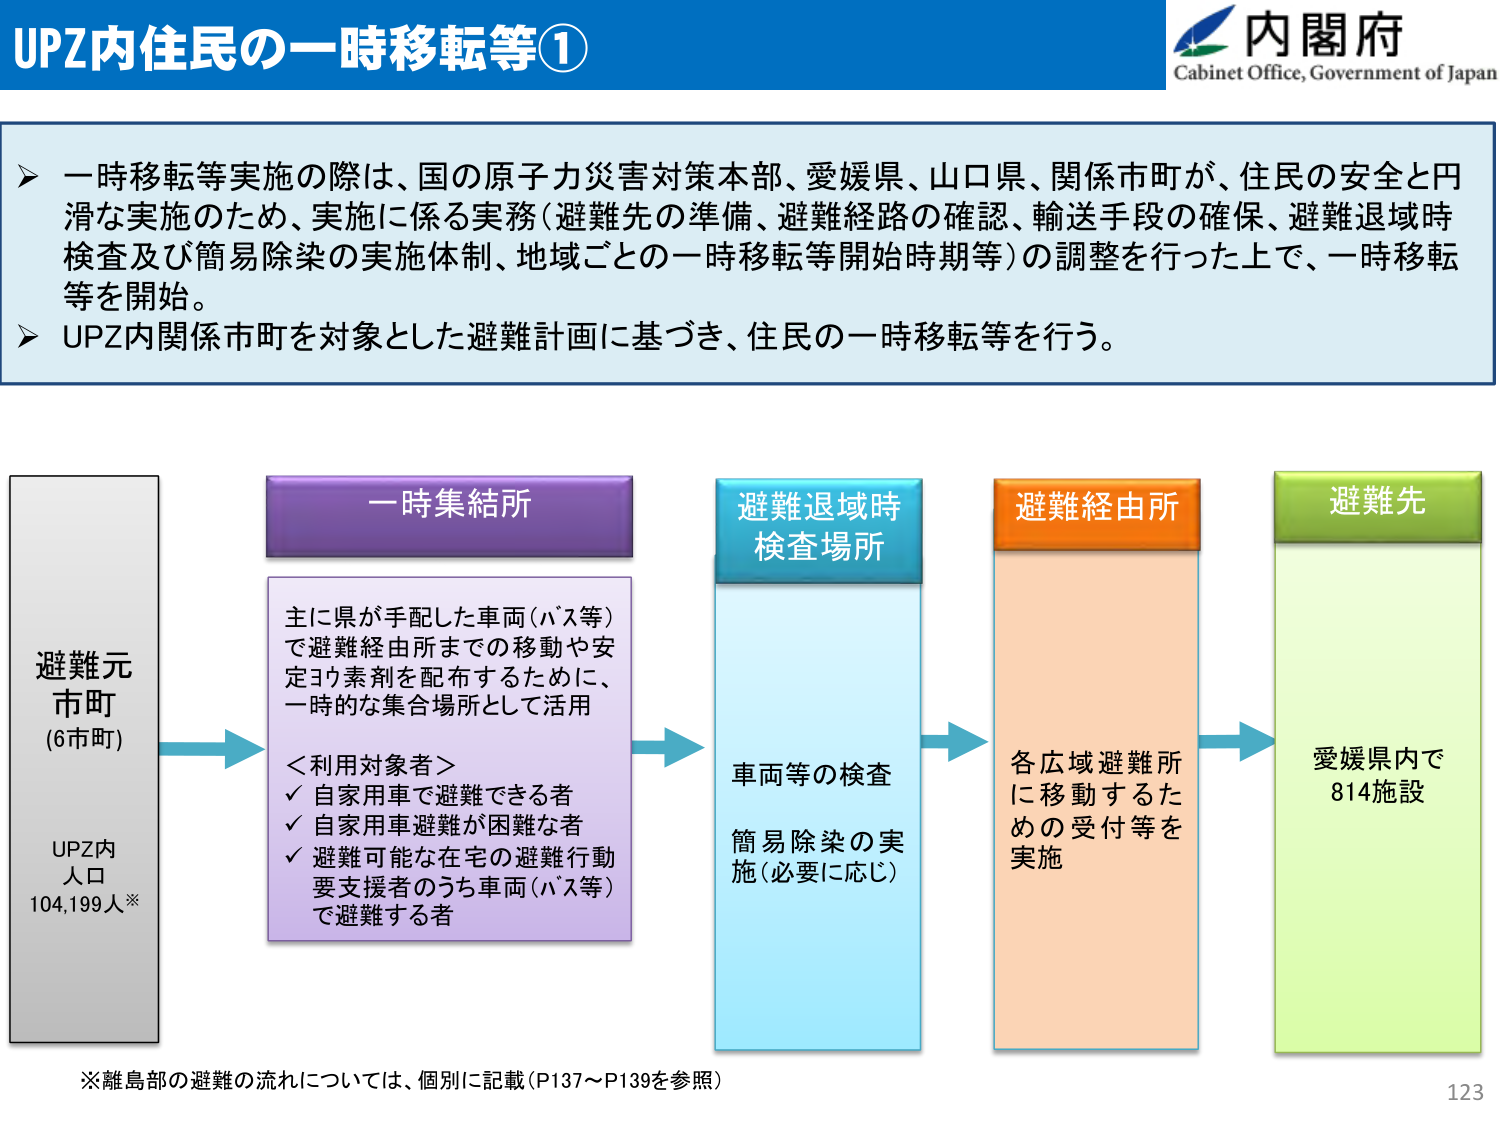
UPZ内住民の一時移転等①

内閣府
Cabinet Office, Government of Japan

一時移転等実施の際は、国の原子力災害対策本部、愛媛県、山口県、関係市町が、住民の安全と円滑な実施のため、実施に係る実務（避難先の準備、避難経路の確認、輸送手段の確保、避難退域時検査及び簡易除染の実施体制、地域ごとの一時移転等開始時期等）の調整を行った上で、一時移転等を開始。
UPZ内関係市町を対象とした避難計画に基づき、住民の一時移転等を行う。

避難元市町
(6市町)
UPZ内人口
104,199人※

一時集結所
主に県が手配した車両（バス等）で避難経由所までの移動や安定ヨウ素剤を配布するために、一時的な集合場所として活用
＜利用対象者＞
✓ 自家用車で避難できる者
✓ 自家用車避難が困難な者
✓ 避難可能な在宅の避難行動要支援者のうち車両（バス等）で避難する者

避難退域時検査場所
車両等の検査
簡易除染の実施（必要に応じ）

避難経由所
各広域避難所に移動するための受付等を実施

避難先
愛媛県内で814施設

※離島部の避難の流れについては、個別に記載（P137～P139を参照）

123